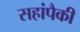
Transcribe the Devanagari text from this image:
सहांपैकी